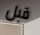
قبل